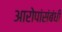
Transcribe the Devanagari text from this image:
आरोपांसंबंधी